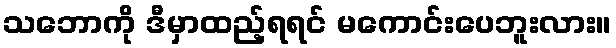
သဘောကို ဒီမှာထည့်ရရင် မကောင်းပေဘူးလား။